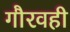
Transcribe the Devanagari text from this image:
गौरवही